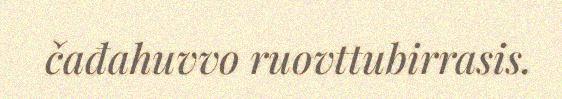
čađahuvvo ruovttubirrasis.